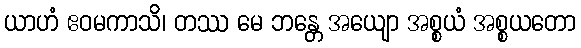
ယာဟံ ဧဝမကာသိ၊ တဿ မေ ဘန္တေ အယျော အစ္စယံ အစ္စယတော